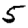
Digit: 5